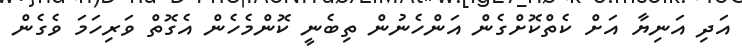
އަދި އަނިޔާ އަށް ކެތްކޮށްގެން އަންހެނުން ތިބެނީ ކޮންމެހެން އެގޮތް ވަރިހަމަ ވެގެން